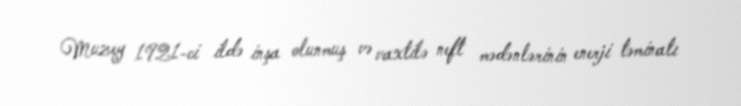
Muzey 1921-ci ildə inşa olunmuş və vaxtilə neft mədənlərinin enerji təminatı